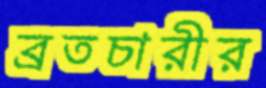
ব্রতচারীর